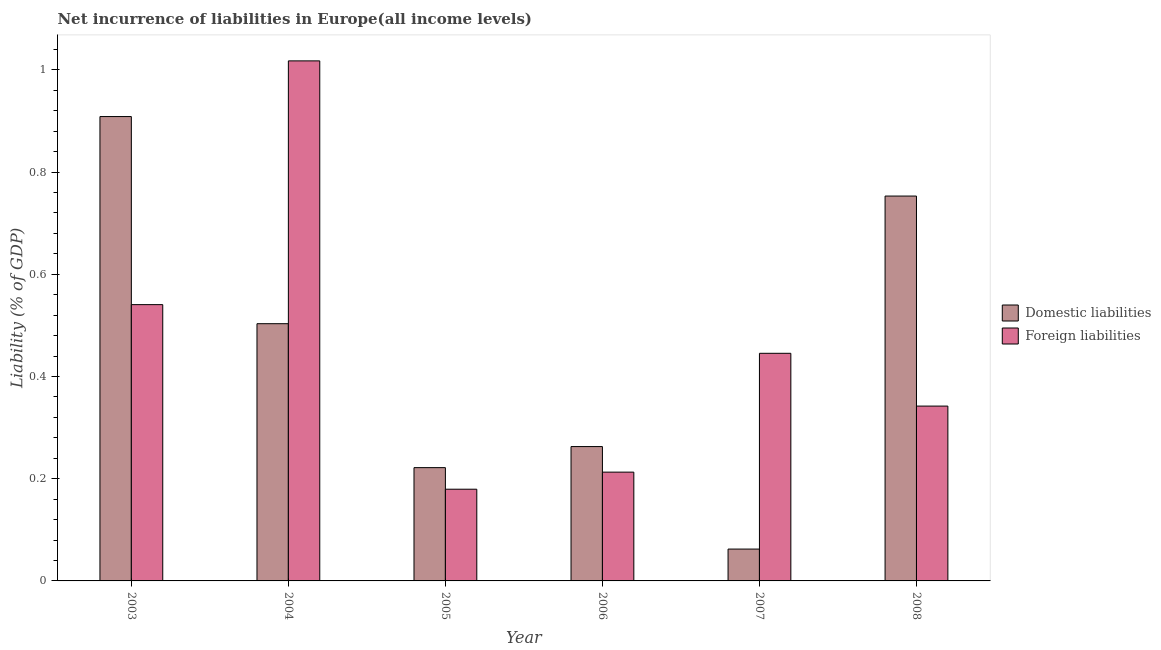
| Year | Domestic liabilities | Foreign liabilities |
 | --- | --- | --- |
 | 2003 | 0.909 | 0.541 |
 | 2004 | 0.503 | 1.02 |
 | 2005 | 0.222 | 0.179 |
 | 2006 | 0.263 | 0.213 |
 | 2007 | 0.0623 | 0.445 |
 | 2008 | 0.753 | 0.342 |